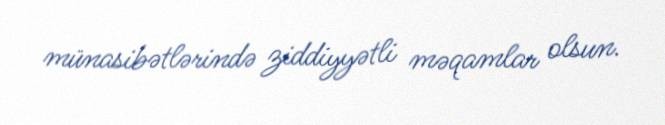
münasibətlərində ziddiyyətli məqamlar olsun.